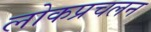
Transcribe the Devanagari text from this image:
लोकप्रचलन